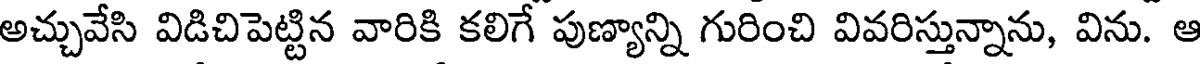
అచ్చువేసి విడిచిపెట్టిన వారికి కలిగే పుణ్యాన్ని గురించి వివరిస్తున్నాను, విను. ఆ